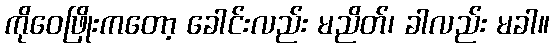
ကိုဝေဖြိုးကတော့ ခေါင်းလည်း မညိတ်၊ ခါလည်း မခါ။